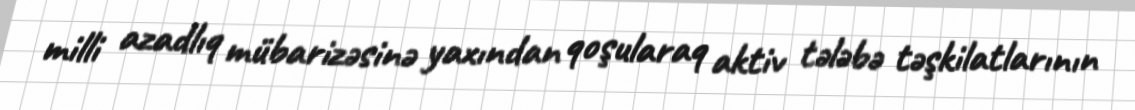
milli azadlıq mübarizəsinə yaxından qoşularaq aktiv tələbə təşkilatlarının